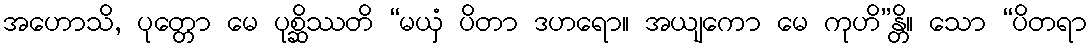
အဟောသိ, ပုတ္တော မေ ပုစ္ဆိဿတိ “မယှံ ပိတာ ဒဟရော။ အယျကော မေ ကုဟိ”န္တိ။ သော “ပိတရာ